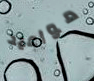
مواعيد